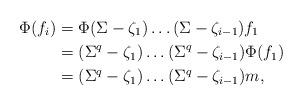
LaTeX: \begin{align*} \Phi(f_i) &= \Phi(\Sigma - \zeta_1)\ldots(\Sigma - \zeta_{i-1})f_1 \\&= (\Sigma^q - \zeta_1)\ldots(\Sigma^q - \zeta_{i-1})\Phi(f_1) \\&= (\Sigma^q - \zeta_1)\ldots(\Sigma^q - \zeta_{i-1})m, \end{align*}